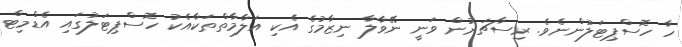
ހާ ހޮސްޕިޓަލުންނެވެ. ރިސާޗަރުން ވަނީ ނޭވާލާ ނިޒާމުގެ އެކި އަލާމާތްތަކާއެކު ހޮސްޕިޓަލުގައި އެޑްމިޓް